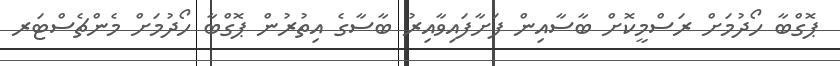
ޕޮގްބާ ހޯދުމަށް ރަސްމީކޮށް ބާސާއިން ފަށާފައިވާއިރު ބާސާގެ އިތުރުން ޕޮގްބާ ހޯދުމަށް މެންޗެސްޓަރ